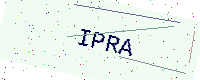
Text: IPRA